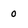
Character: 0